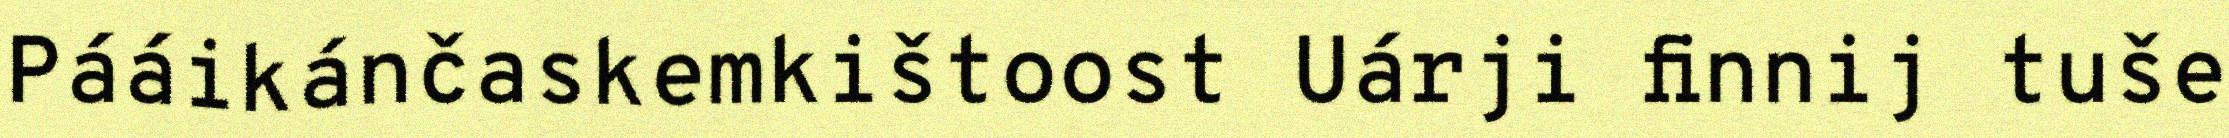
Pááikánčaskemkištoost Uárji finnij tuše